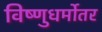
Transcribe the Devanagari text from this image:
विष्णुधर्मोतर